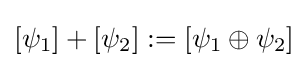
[\psi _{1}]+[\psi _{2}]:=[\psi _{1}\oplus \psi _{2}]